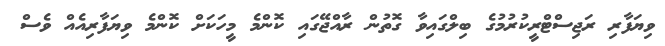
ވިޔަފާރި ރަޖިސްޓްރީކުރުމުގެ ބިލްގައިވާ ގޮތުން ރާއްޖޭގައި ކޮންމެ މީހަކަށް ކޮންމެ ވިޔަފާރިއެއް ވެސް